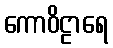
ကောဝိဠာရေ